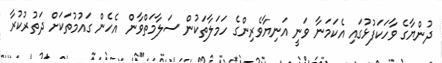
ދުންޔާގެ ވާހަކަފުޅުގައި އެކަމަނާ ވަނީ އަނިޔާވެރިންގެ ހަމަލާތަކުން ސަލާމަތްވާން އެހެން ގައުމުތަކަށް ދަތުރުކުރާ